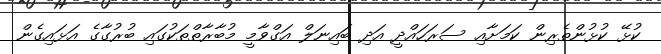
ކުޅޭ ކުޅުންތެރިން ކަމަށާއި ސަރަހައްދީ އަދި ބައިނަލް އަގްވާމީ މުބާރާތްތަކުގައި ބުރުގާގެ އަޅައިގެން